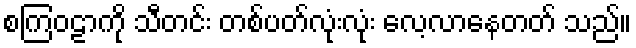
စကြဝဠာကို သီတင်း တစ်ပတ်လုံးလုံး လေ့လာနေတတ် သည်။